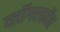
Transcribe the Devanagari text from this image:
व्लॉगरकॉन